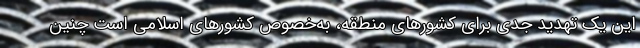
این یک تهدید جدی برای کشورهای منطقه، به‌خصوص کشورهای اسلامی است چنین